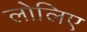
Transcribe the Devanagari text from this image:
लोलिए